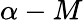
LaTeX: \alpha-M